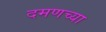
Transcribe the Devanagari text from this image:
दमणच्या